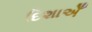
દિશાએઁ